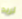
تريد